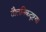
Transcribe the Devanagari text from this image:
तौलनिकदृष्टया